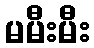
မမီးမီး